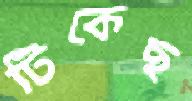
টিকেছ